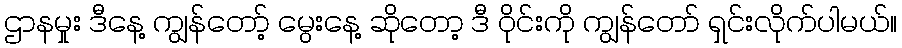
ဌာနမှုး ဒီနေ့ ကျွန်တော့် မွေးနေ့ ဆိုတော့ ဒီ ဝိုင်းကို ကျွန်တော် ရှင်းလိုက်ပါမယ်။